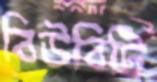
বিউবিটি